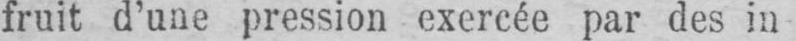
fruit d’une pression exercée par des in-